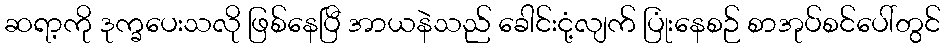
ဆရာ့ကို ဒုက္ခပေးသလို ဖြစ်နေပြီ အာယနဲသည် ခေါင်းငုံ့လျက် ပြုံးနေစဉ် စာအုပ်စင်ပေါ်တွင်